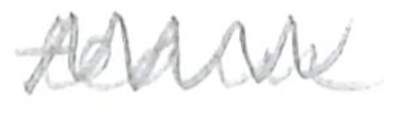
Text: team
Cross-out: zig-zag
Writing tool: pencil